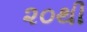
૨૦થી